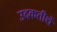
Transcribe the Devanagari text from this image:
उदकतीर्थे